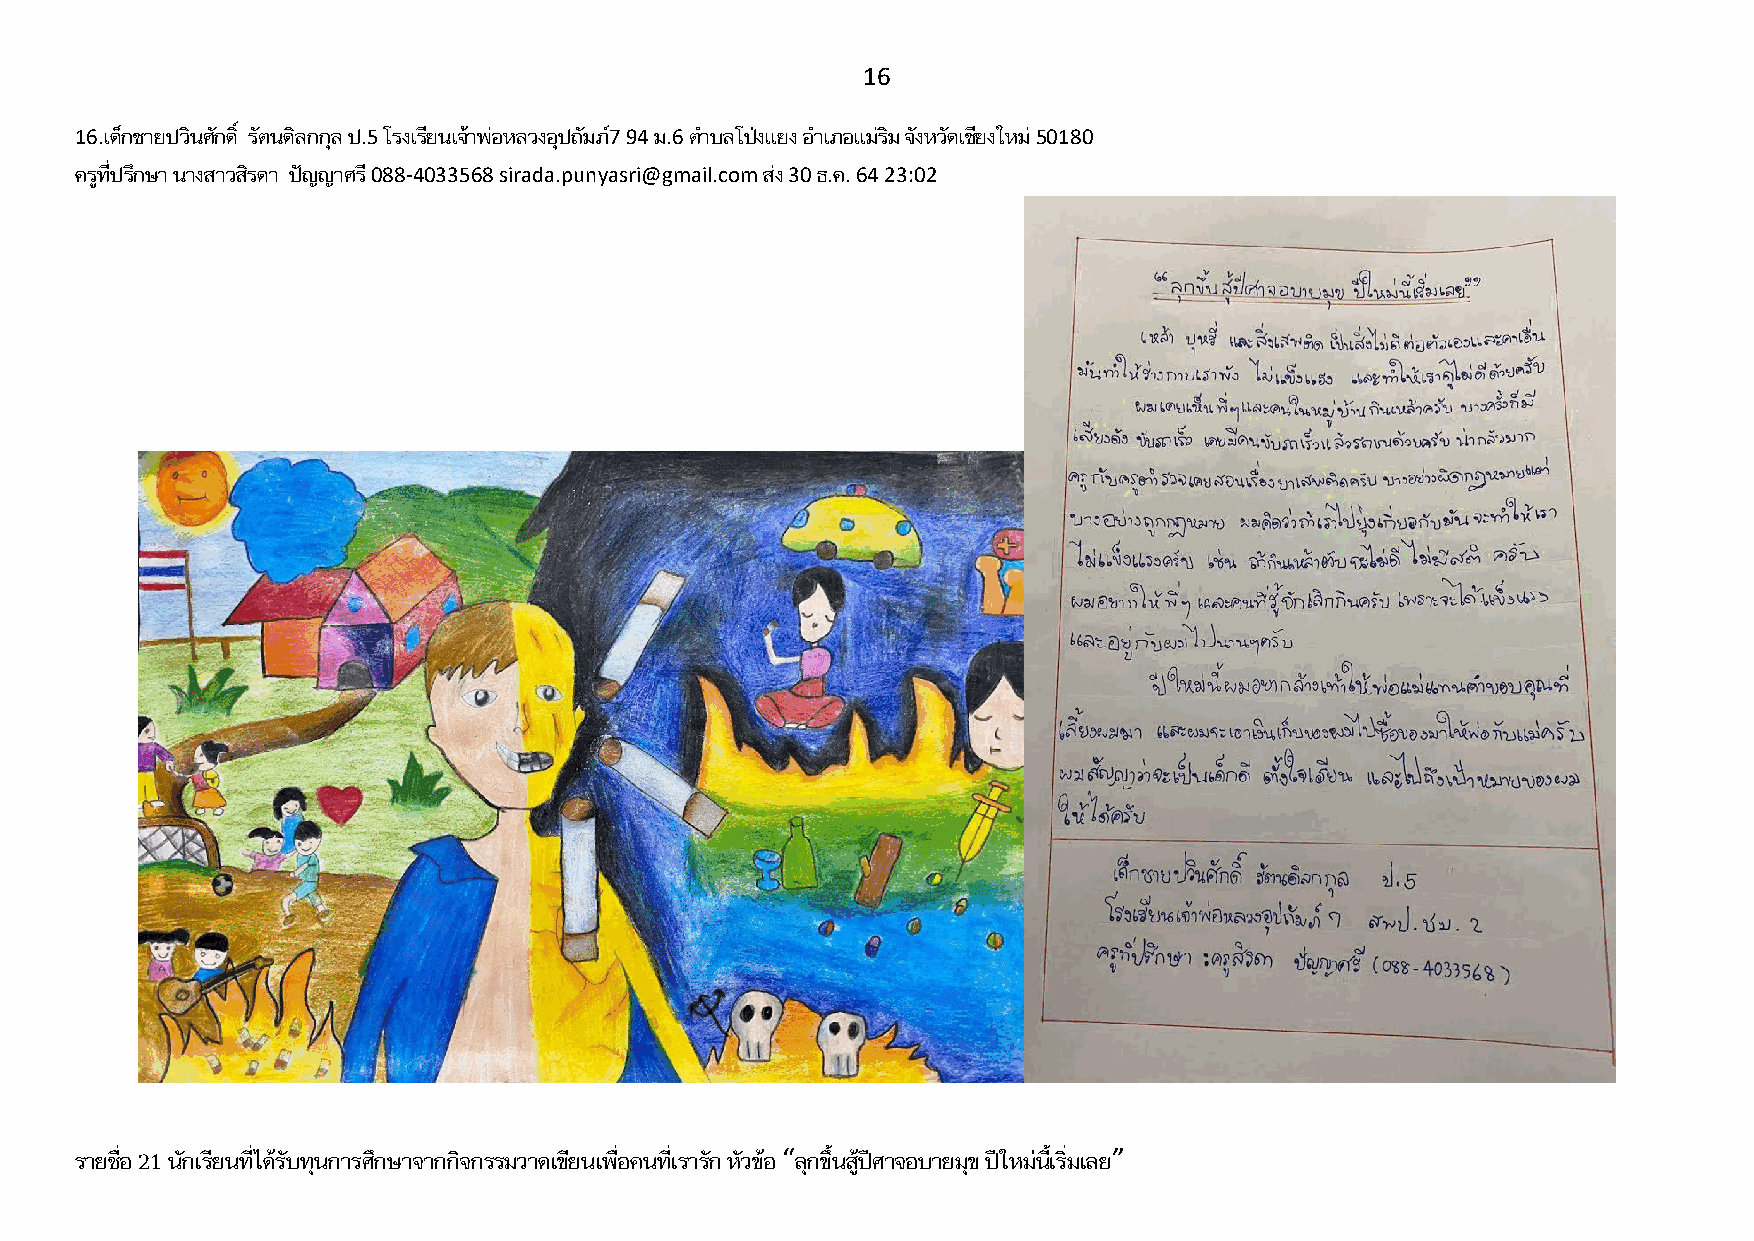
16
 16.เด็กชายปวินศักด ิ์ รัตนดิลกกุล ป.5 โรงเรียนเจ้าพ่อหลวงอุปถัมภ์7 94 ม.6 ต าบลโป่งเเยง อ าเภอเเม่ริม จังหวัดเชียงใหม่ 50180
 ครูที่ปรึกษา นางสาวสิรดา ปัญญาศรี 088-4033568 sirada.punyasri@gmail.com ส่ง 30 ธ.ค. 64 23:02
 รายชื่อ 21 นักเรียนที่ได้รับทุนการศึกษาจากกิจกรรมวาดเขียนเพื่อคนที่เรารัก หัวข้อ “ลุกขึ้นสู้ปีศาจอบายมุข ปีใหม่นี้เริ่มเลย”